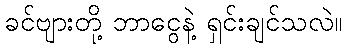
ခင်ဗျားတို့ ဘာငွေနဲ့ ရှင်းချင်သလဲ။